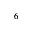
^ 6